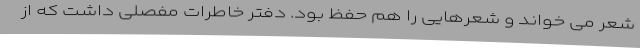
شعر می خواند و شعرهایی را هم حفظ بود. دفتر خاطرات مفصلی داشت که از